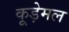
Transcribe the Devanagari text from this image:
कूड़ेमल